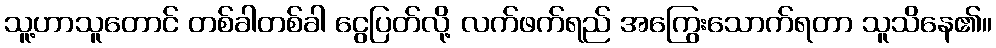
သူ့ဟာသူတောင် တစ်ခါတစ်ခါ ငွေပြတ်လို့ လက်ဖက်ရည် အကြွေးသောက်ရတာ သူသိနေ၏။